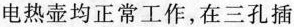
电热壶均正常工作，在三孔插